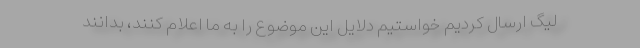
لیگ ارسال کردیم خواستیم دلایل این موضوع را به ما اعلام کنند، بدانند